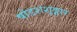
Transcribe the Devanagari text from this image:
षोडशशृङ्गार